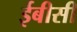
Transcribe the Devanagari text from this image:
ईबीसी